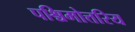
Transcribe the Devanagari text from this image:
पश्चिमोत्तरिय